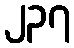
၂၃၇